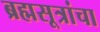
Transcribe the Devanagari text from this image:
ब्रह्मसूत्रांचा